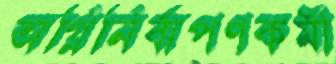
অগ্নিনির্বাপণকর্মী